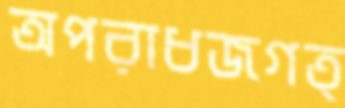
অপরাধজগত্